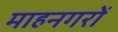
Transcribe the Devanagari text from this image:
माहनगरों